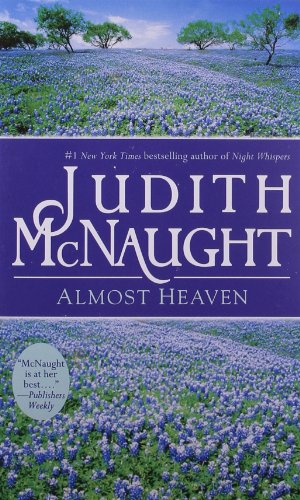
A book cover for Almost Heaven; Judith McNaught; Romance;